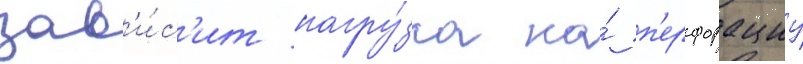
зав'и́с'ит нагру́зка на́ п'ерфорациу